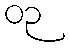
၀၃